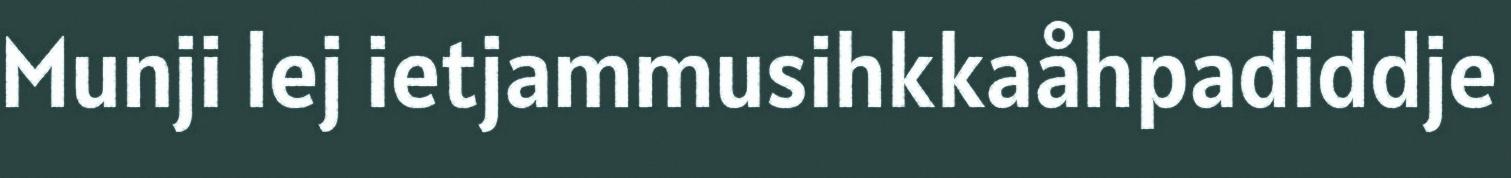
Munji lej ietjammusihkkaåhpadiddje